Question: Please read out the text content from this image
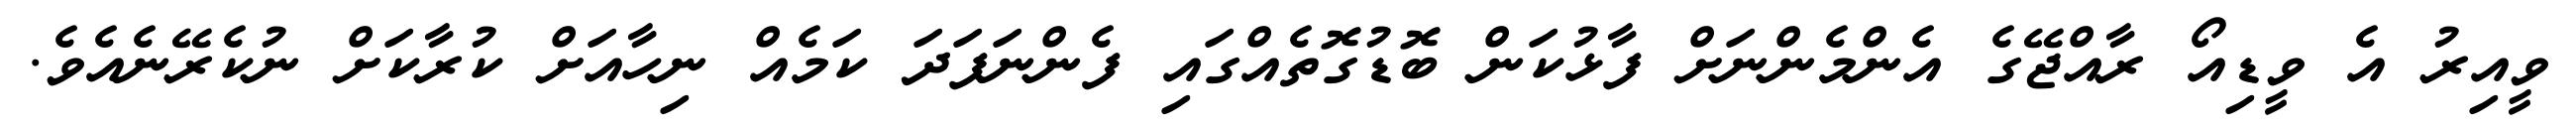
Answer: ވީއިރު އެ ވީޑިއޯ ރާއްޖޭގެ އެންމެންނަށް ފާޅުކަން ބޮޑުގޮތެއްގައި ފެންނަފަދަ ކަމެއް ނިހާއަށް ކުރާކަށް ނުކެރޭނެއެވެ.